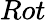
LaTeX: Rot